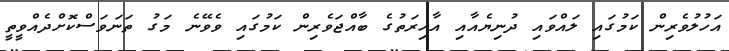
އަހުލުވެރިން ކަމުގައި ލައްވައި ދުނިޔެއާއި އާހިރަތުގެ ބާއްޖަވެރިން ކަމުގައި ވެވޭނެ މަގު ތަނަވަސްކޮށްދެއްވީތީ